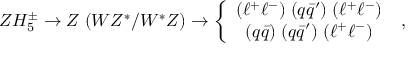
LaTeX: Z H _ { 5 } ^ { \pm } \to Z \; ( W Z ^ { * } / W ^ { * } Z ) \to \left\{ \begin{array} { c } { { ( \ell ^ { + } \ell ^ { - } ) \; ( q \bar { q } ^ { \prime } ) \; ( \ell ^ { + } \ell ^ { - } ) } } \\ { { ( q \bar { q } ) \; ( q \bar { q } ^ { \prime } ) \; ( \ell ^ { + } \ell ^ { - } ) } } \end{array} \right. \; ,